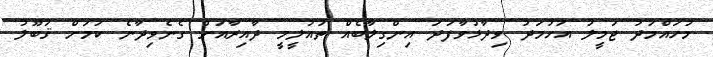
މުހައްމަދު ޖަމީލު އަހުމަދު ވިދާޅުވާފަދަ އިންގިލާބެއް ތައުލީމީ ދާއިރާއަށް ގެނެވިދާނެ ކަމަށް ޤަބޫލު